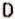
D